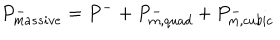
LaTeX: P _ { m a s s i v e } ^ { - } = P ^ { - } + P _ { m , q u a d } ^ { - } + P _ { m , c u b i c } ^ { - }